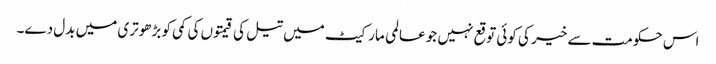
اس حکومت سے خیر کی کوئی توقع نہیں جو عالمی مارکیٹ میں تیل کی قیمتوں کی کمی کو بڑھوتری میں بدل دے۔